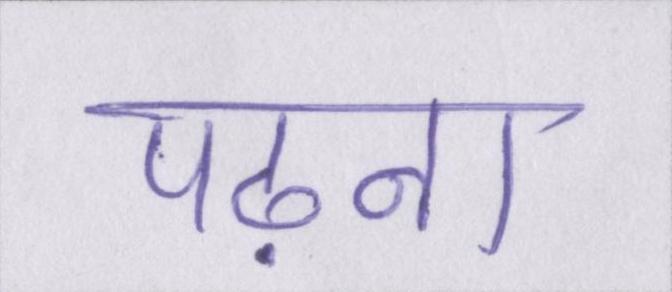
पढ़ना